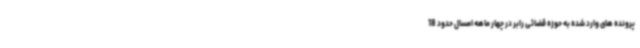
پرونده های وارد شده به حوزه قضائی رابر در چهار ماهه امسال حدود 18